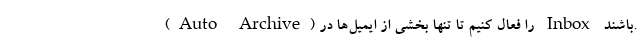
(Auto Archive) را فعال کنیم تا تنها بخشی از ایمیل‌ها در Inbox باشند.